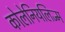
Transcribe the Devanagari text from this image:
कोलेनियलिज्म